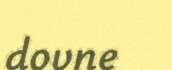
dovne